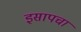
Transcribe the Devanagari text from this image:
इसापचा